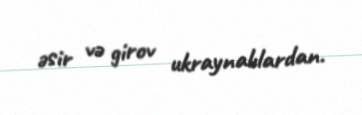
əsir və girov ukraynalılardan.